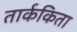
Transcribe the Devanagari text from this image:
तार्ककिता